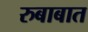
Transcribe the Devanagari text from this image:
रुबाबात